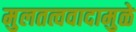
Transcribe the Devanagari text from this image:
मुलतत्ववादामुळे